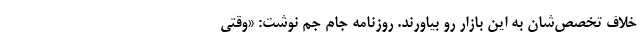
خلاف تخصص‌شان به این بازار رو بیاورند. روزنامه جام جم نوشت: «وقتی